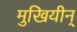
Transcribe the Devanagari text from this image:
मुखियीन्